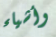
وأشياء